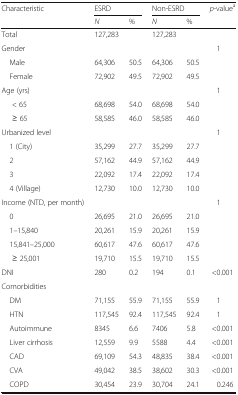
| <ROWSPAN=2> Characteristic | <COLSPAN=2> ESRD | <COLSPAN=2> Non-ESRD | <ROWSPAN=2> p-valuea |
 | N | % | N | % |
 | --- | --- | --- | --- | --- | --- |
 | Total | 127,283 |  | 127,283 |  |  |
 | Gender |  |  |  |  | 1 |
 | Male | 64,306 | 50.5 | 64,306 | 50.5 |  |
 | Female | 72,902 | 49.5 | 72,902 | 49.5 |  |
 | Age (yrs) |  |  |  |  | 1 |
 | < 65 | 68,698 | 54.0 | 68,698 | 54.0 |  |
 | ≥ 65 | 58,585 | 46.0 | 58,585 | 46.0 |  |
 | Urbanized level |  |  |  |  | 1 |
 | 1 (City) | 35,299 | 27.7 | 35,299 | 27.7 |  |
 | 2 | 57,162 | 44.9 | 57,162 | 44.9 |  |
 | 3 | 22,092 | 17.4 | 22,092 | 17.4 |  |
 | 4 (Village) | 12,730 | 10.0 | 12,730 | 10.0 |  |
 | Income (NTD, per month) |  |  |  |  | 1 |
 | 0 | 26,695 | 21.0 | 26,695 | 21.0 |  |
 | 1–15,840 | 20,261 | 15.9 | 20,261 | 15.9 |  |
 | 15,841–25,000 | 60,617 | 47.6 | 60,617 | 47.6 |  |
 | ≥ 25,001 | 19,710 | 15.5 | 19,710 | 15.5 |  |
 | DNI | 280 | 0.2 | 194 | 0.1 | <0.001 |
 | <COLSPAN=6> Comorbidities |
 | DM | 71,155 | 55.9 | 71,155 | 55.9 | 1 |
 | HTN | 117,545 | 92.4 | 117,545 | 92.4 | 1 |
 | Autoimmune | 8345 | 6.6 | 7406 | 5.8 | <0.001 |
 | Liver cirrhosis | 12,559 | 9.9 | 5588 | 4.4 | <0.001 |
 | CAD | 69,109 | 54.3 | 48,835 | 38.4 | <0.001 |
 | CVA | 49,042 | 38.5 | 38,602 | 30.3 | <0.001 |
 | COPD | 30,454 | 23.9 | 30,704 | 24.1 | 0.246 |